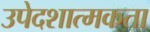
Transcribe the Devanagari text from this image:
उपेदशात्मकता